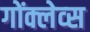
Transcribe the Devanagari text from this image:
गोंक्लेव्स